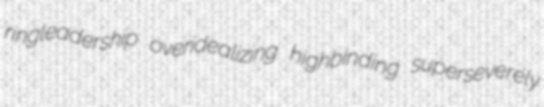
ringleadership overidealizing highbinding superseverely